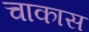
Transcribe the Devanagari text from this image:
चाकास